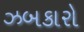
ઝબકારો